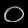
Digit: ၀